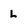
Character: L